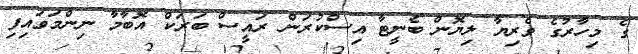
ގެ މިހާރުގެ ވެރިޔާ ލިޔޮން ބެނީޓާ އިސްކުރަން ރައީސް ބަރަކް އޮބާމާ ނިންމަވައިފި